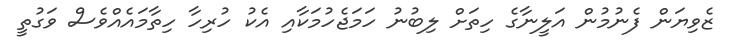
ޒެވިޔަން ފެނުމުން އަލީނާގެ ހިތަށް ލިބުނު ހަމަޖެހުމަކާއި އެކު ހުރިހާ ހިތާމައެއްވެސް ވަގުތީ